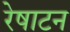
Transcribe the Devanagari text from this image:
रेषाटन